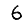
Digit: 6